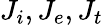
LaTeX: J_{i},J_{e},J_{t}